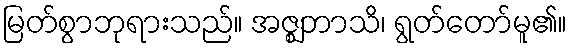
မြတ်စွာဘုရားသည်။ အဇ္ဈဘာသိ၊ ရွတ်တော်မူ၏။